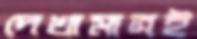
দেখামাত্রই